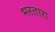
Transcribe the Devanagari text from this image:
भरतारा